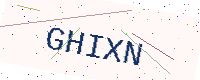
Text: GHIXN